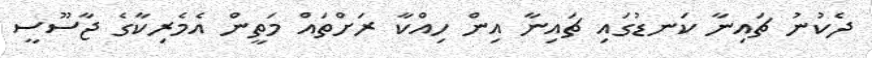
ދެކުނު ޗައިނާ ކަނޑުގައި ޗައިނާ އިން ހިއްކާ ރަށްތައް މަތީން އެމެރިކާގެ ޖާސޫސީ